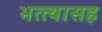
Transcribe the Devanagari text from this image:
भत्त्यासह